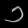
Digit: ၁